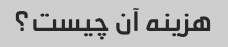
هزینه آن چیست؟